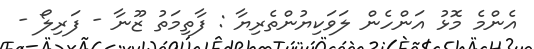
އެންމެ މޮޅު އަންހެން ލަވަކިޔުންތެރިޔާ : ފާތިމަތު ޒޫނާ - ފަރިލޯ -